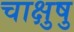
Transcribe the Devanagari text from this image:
चाक्षुषु